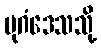
ပုဂံဒေသသို့